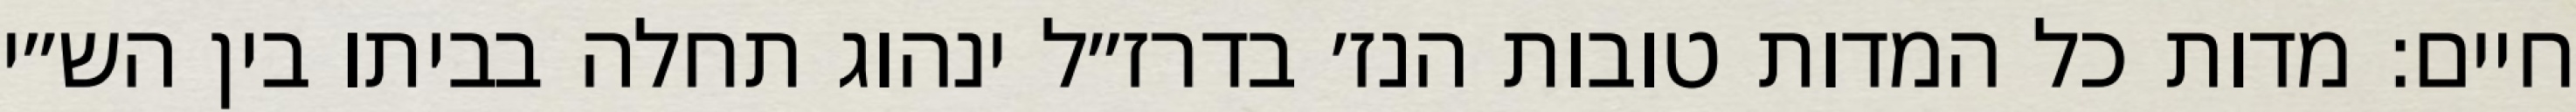
חיים: מדות כל המדות טובות הנז׳ בדרז״ל ינהוג תחלה בביתו בין הש״י